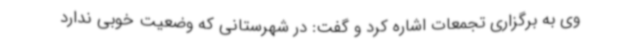
وی به برگزاری تجمعات اشاره کرد و گفت: در شهرستانی که وضعیت خوبی ندارد